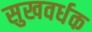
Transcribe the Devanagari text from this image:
सुखवर्धक